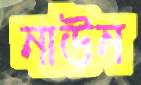
নাউন